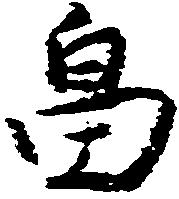
畠